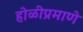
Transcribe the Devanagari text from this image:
होळीप्रमाणे